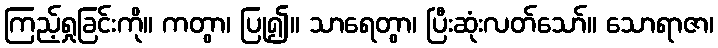
ကြည့်ရှုခြင်းကို။ ကတွာ၊ ပြု၍။ သာရေတွာ၊ ပြီးဆုံးလတ်သော်။ သောရာဇာ၊